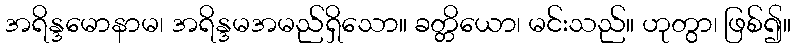
အရိန္ဒမောနာမ၊ အရိန္ဒမအမည်ရှိသော။ ခတ္တိယော၊ မင်းသည်။ ဟုတွာ၊ ဖြစ်၍။